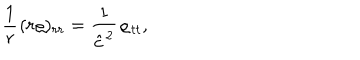
\frac 1 { r } { \kern 0 . 7 p t } ( r \varrho ) _ { r r } = \frac 1 { \hat { c } ^ { 2 } } \varrho _ { t t } ,